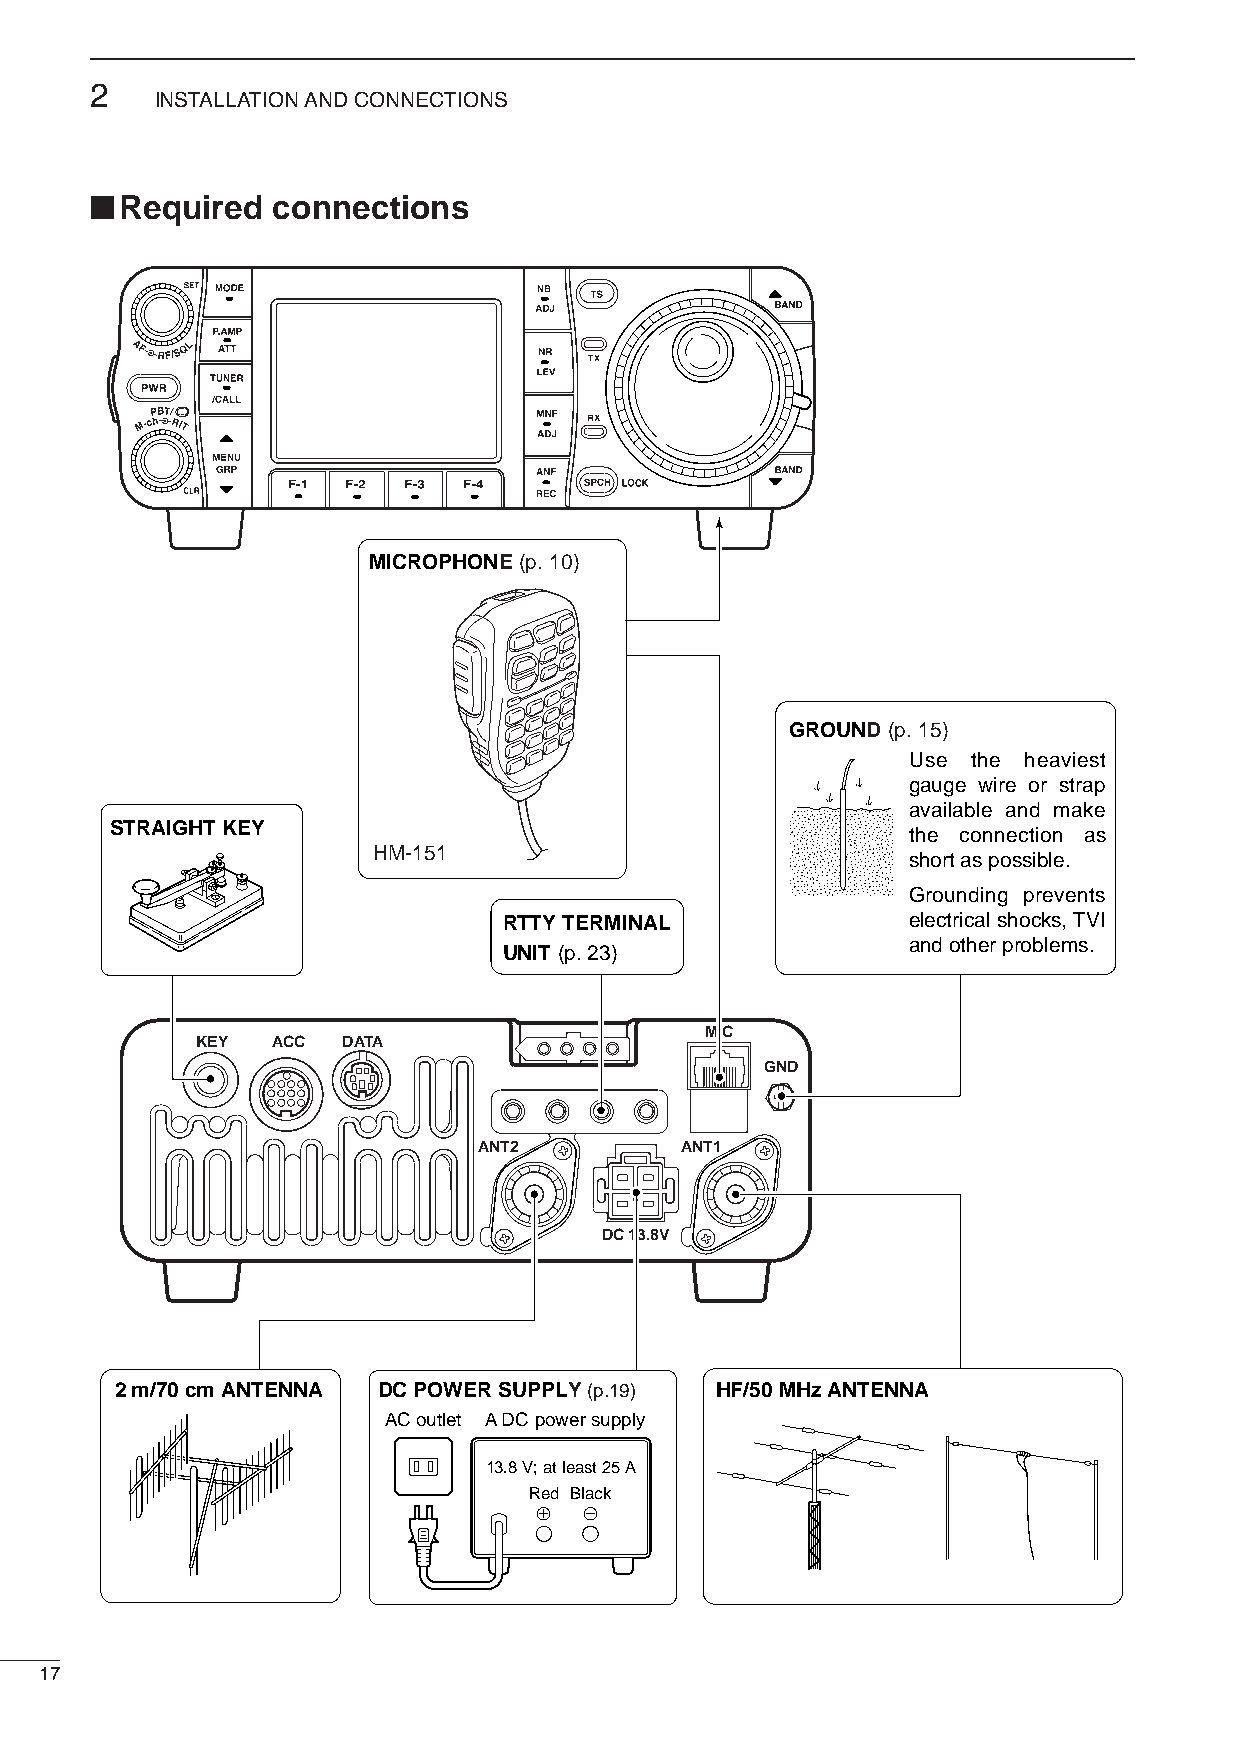
2
 INSTALLATION AND CONNECTIONS
 ■
 Required  connections
 MICROPHONE (p. 10)
 GROUND (p. 15)
 Use the heaviest
 gauge wire or strap
 available and make
 STRAIGHT KEY
 the connection as
 HM-151
 short as possible.
 Grounding prevents
 RTTY TERMINAL              electrical shocks, TVI
 UNIT (p. 23)
 and other problems.
 MIC
 KEY  ACC  DATA
 GND
 ANT2         ANT1
 DC 13.8V
 2 m/70 cm ANTENNA DC POWER SUPPLY (p.19) HF/50 MHz ANTENNA
 AC outlet A DC power supply
 13.8 V; at least 25 A
 Red Black
 +   _
 17